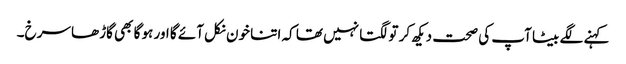
کہنے لگے بیٹا آپ کی صحت دیکھ کر تو لگتا نہیں تھا کہ اتنا خون نکل آئے گا اور ہو گا بھی گاڑھا سرخ۔